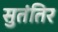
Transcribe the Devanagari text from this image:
सुतंतिर